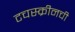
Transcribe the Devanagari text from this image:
टचस्क्रीनची